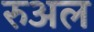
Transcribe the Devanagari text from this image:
रुअल